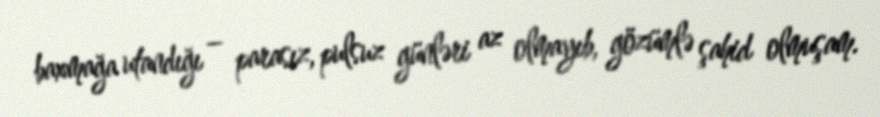
baxmağa utandığı – parasız, pulsuz günləri az olmayıb, gözümlə şahid olmuşam.